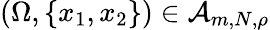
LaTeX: (\Omega,\{ x_{1},x_{2}\} )\in\mathcal A_{m,N,\rho}